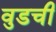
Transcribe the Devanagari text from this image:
वुडची